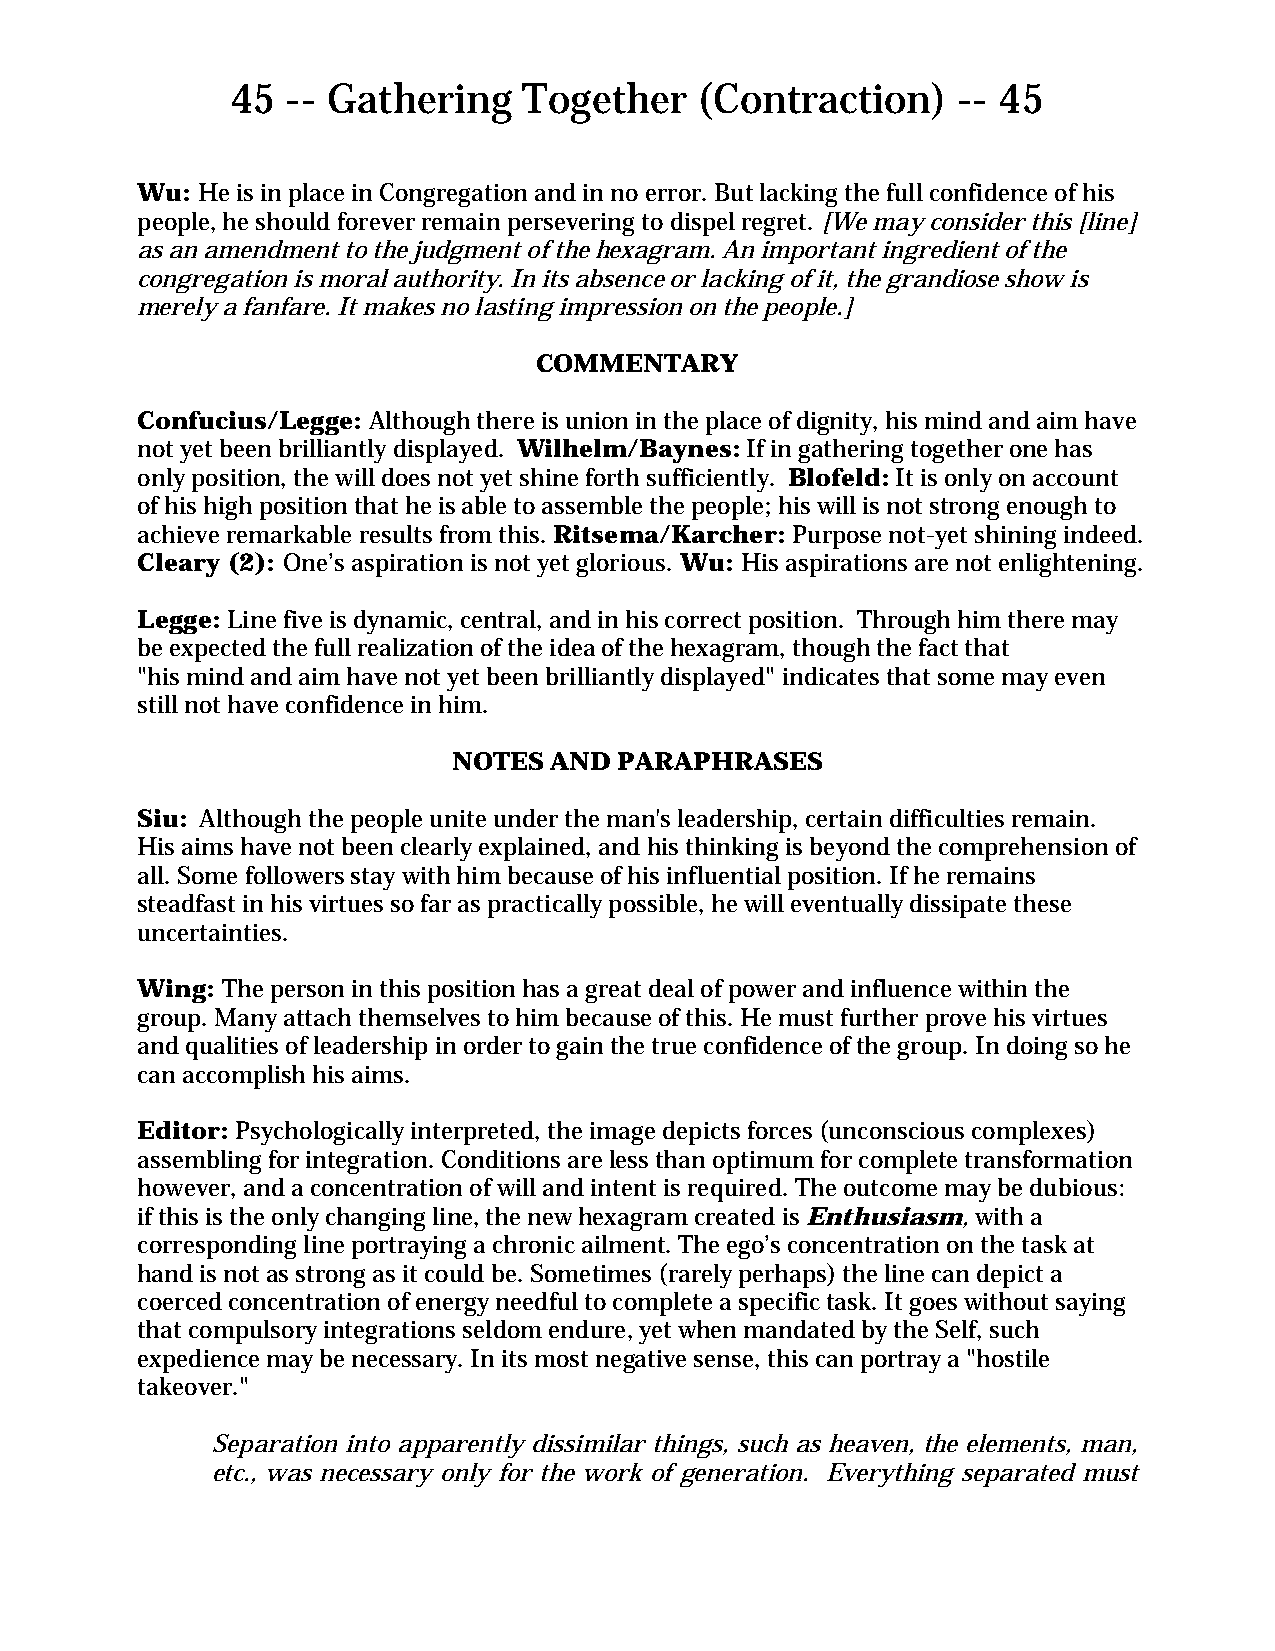
45  -- Gathering    Together   (Contraction)    -- 45
 Wu: He is in place in Congregation and in no error. But lacking the full confidence of his
 people, he should forever remain persevering to dispel regret. [We may consider this [line]
 as an amendment to the judgment of the hexagram. An important ingredient of the
 congregation is moral authority. In its absence or lacking of it, the grandiose show is
 merely a fanfare. It makes no lasting impression on the people.]
 COMMENTARY
 Confucius/Legge: Although there is union in the place of dignity, his mind and aim have
 not yet been brilliantly displayed. Wilhelm/Baynes: If in gathering together one has
 only position, the will does not yet shine forth sufficiently. Blofeld: It is only on account
 of his high position that he is able to assemble the people; his will is not strong enough to
 achieve remarkable results from this. Ritsema/Karcher: Purpose not-yet shining indeed.
 Cleary (2): One’s aspiration is not yet glorious. Wu: His aspirations are not enlightening.
 Legge: Line five is dynamic, central, and in his correct position. Through him there may
 be expected the full realization of the idea of the hexagram, though the fact that
 "his mind and aim have not yet been brilliantly displayed" indicates that some may even
 still not have confidence in him.
 NOTES AND  PARAPHRASES
 Siu: Although the people unite under the man's leadership, certain difficulties remain.
 His aims have not been clearly explained, and his thinking is beyond the comprehension of
 all. Some followers stay with him because of his influential position. If he remains
 steadfast in his virtues so far as practically possible, he will eventually dissipate these
 uncertainties.
 Wing: The person in this position has a great deal of power and influence within the
 group. Many attach themselves to him because of this. He must further prove his virtues
 and qualities of leadership in order to gain the true confidence of the group. In doing so he
 can accomplish his aims.
 Editor: Psychologically interpreted, the image depicts forces (unconscious complexes)
 assembling for integration. Conditions are less than optimum for complete transformation
 however, and a concentration of will and intent is required. The outcome may be dubious:
 if this is the only changing line, the new hexagram created is Enthusiasm, with a
 corresponding line portraying a chronic ailment. The ego’s concentration on the task at
 hand is not as strong as it could be. Sometimes (rarely perhaps) the line can depict a
 coerced concentration of energy needful to complete a specific task. It goes without saying
 that compulsory integrations seldom endure, yet when mandated by the Self, such
 expedience may be necessary. In its most negative sense, this can portray a "hostile
 takeover."
 Separation into apparently dissimilar things, such as heaven, the elements, man,
 etc., was necessary only for the work of generation. Everything separated must